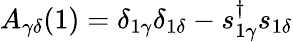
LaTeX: A_{\gamma\delta}(1)=\delta_{1\gamma}\delta_{1\delta}-s_{1\gamma}^{\dagger}s_{1\delta}